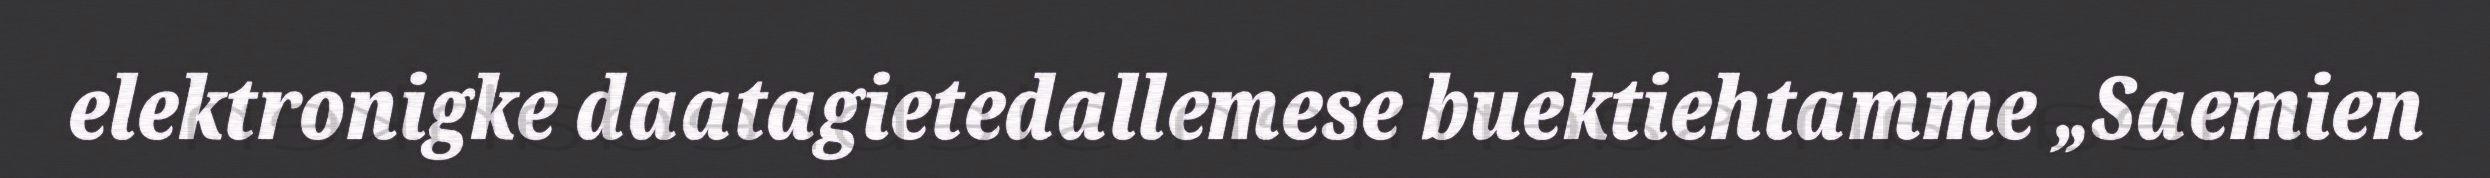
elektronigke daatagietedallemese buektiehtamme „Saemien